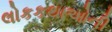
લોકકથાઓની